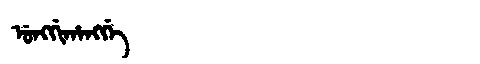
Manchu: ᡠᠩᡤᡳᡥᠠᠩᡤᡝ
Romanization: UNGGIHANGGE